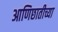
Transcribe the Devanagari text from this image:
आणिछातीच्या